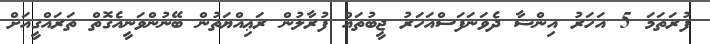
ފުރަތަމަ 5 އަހަރު އިންޝާ ދެވަނަފަސްއަހަރު ޖީބުތައް ފުރާލުން ރަޢިއްޔަތުން ބޭނުންވަނީއެގޮތް ތަރައްގީއަށް